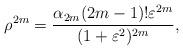
LaTeX: \begin{align*}\rho^{2m}= \frac{\alpha_{2m}(2m-1)!\varepsilon^{2m}}{(1+\varepsilon^{2})^{2m}},\end{align*}